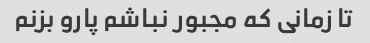
تا زمانی که مجبور نباشم پارو بزنم